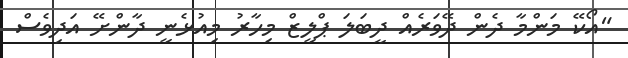
"އޯކޭ މަންމާ ދެން ދޭވަރެއް ދީބަލަ ޕްލީޒް މިހާރު މިއުޅެނީ ދާންށޭ އަދިވެސް